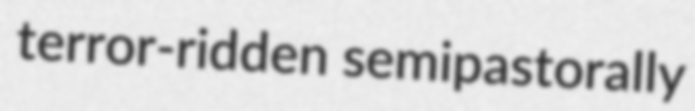
terror-ridden semipastorally